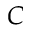
C